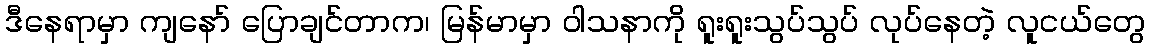
ဒီနေရာမှာ ကျနော် ပြောချင်တာက၊ မြန်မာမှာ ဝါသနာကို ရူးရူးသွပ်သွပ် လုပ်နေတဲ့ လူငယ်တွေ